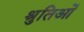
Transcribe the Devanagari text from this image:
श्रुतिओं